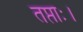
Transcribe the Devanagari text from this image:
तप्ताः।